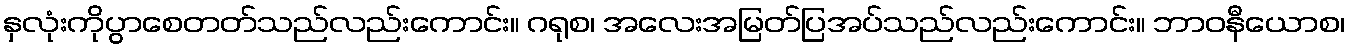
နှလုံးကိုပွာစေတတ်သည်လည်းကောင်း။ ဂရုစ၊ အလေးအမြတ်ပြအပ်သည်လည်းကောင်း။ ဘာဝနီယောစ၊